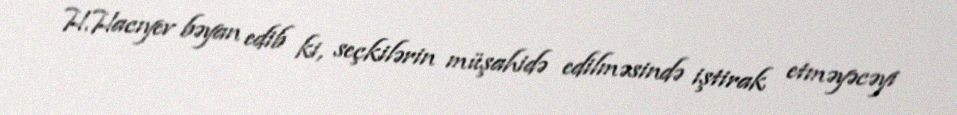
H.Hacıyev bəyan edib ki, seçkilərin müşahidə edilməsində iştirak etməyəcəyi